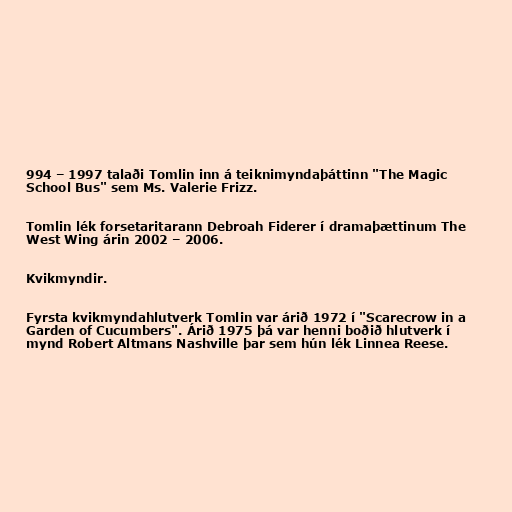
994 – 1997 talaði Tomlin inn á teiknimyndaþáttinn "The Magic
School Bus" sem Ms. Valerie Frizz.

Tomlin lék forsetaritarann Debroah Fiderer í dramaþættinum The
West Wing árin 2002 – 2006.

Kvikmyndir.

Fyrsta kvikmyndahlutverk Tomlin var árið 1972 í "Scarecrow in a
Garden of Cucumbers". Árið 1975 þá var henni boðið hlutverk í
mynd Robert Altmans Nashville þar sem hún lék Linnea Reese.